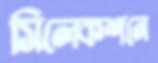
সিলেকশনে